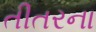
તીતરના